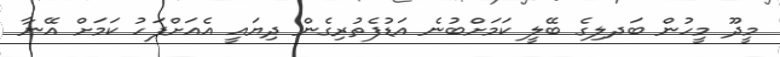
މީދޫ މީހުން ބަދލިގެ ބޭލީ ކަމަށްބުނެ އަޑުފެތުރިގެން ދިޔައީ އެއަށްފަހު ކަމަށް އޭނާ